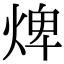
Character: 焷